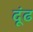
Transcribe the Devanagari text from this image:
दूंढ